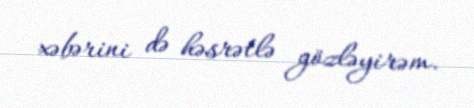
xəbərini də həsrətlə gözləyirəm.